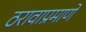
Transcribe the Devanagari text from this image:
ठरावाप्रमाणे